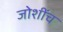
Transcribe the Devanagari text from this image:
जोशींच